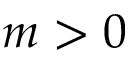
m > 0